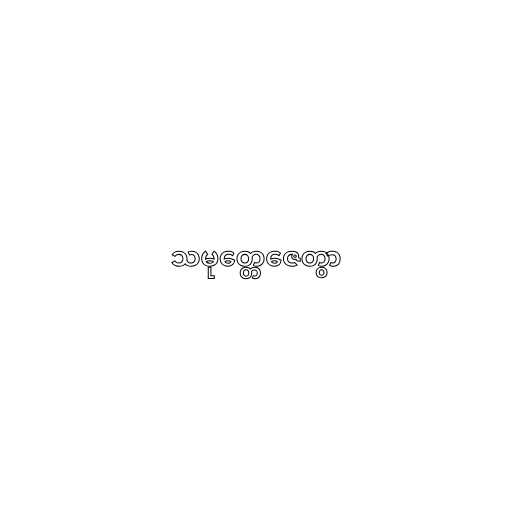
သမုတ္တေဇေတွာ